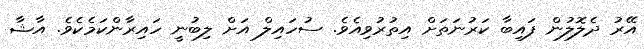
އޭރު ދެލޮލުން ފައިބާ ކަރުނަތަށް އިތުރުވިއެވެ. ސުހައިލް އަށް ލިބުނީ ހައިރާންކަމެކެވެ. އާޝާ